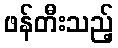
ဖန်တီးသည့်